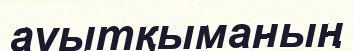
ауытқыманың